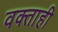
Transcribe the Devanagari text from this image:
वक्ताही